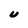
Character: U